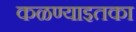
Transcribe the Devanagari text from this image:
कळण्याइतका